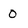
Character: o